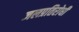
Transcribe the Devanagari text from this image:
जलप्रतिरोधी